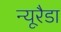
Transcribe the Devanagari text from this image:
न्यूरैडा